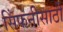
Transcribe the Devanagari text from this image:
सिंफनीसाठी